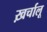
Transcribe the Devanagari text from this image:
ख़र्चालू